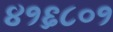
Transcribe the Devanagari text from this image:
४१६८०१